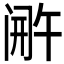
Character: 𬮫